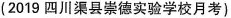
(2019 四川渠县崇德实验学校月考)